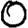
Digit: 0